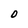
Character: O